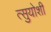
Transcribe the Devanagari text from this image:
त्सुयोशी